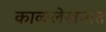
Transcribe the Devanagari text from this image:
काव्यलेखनात